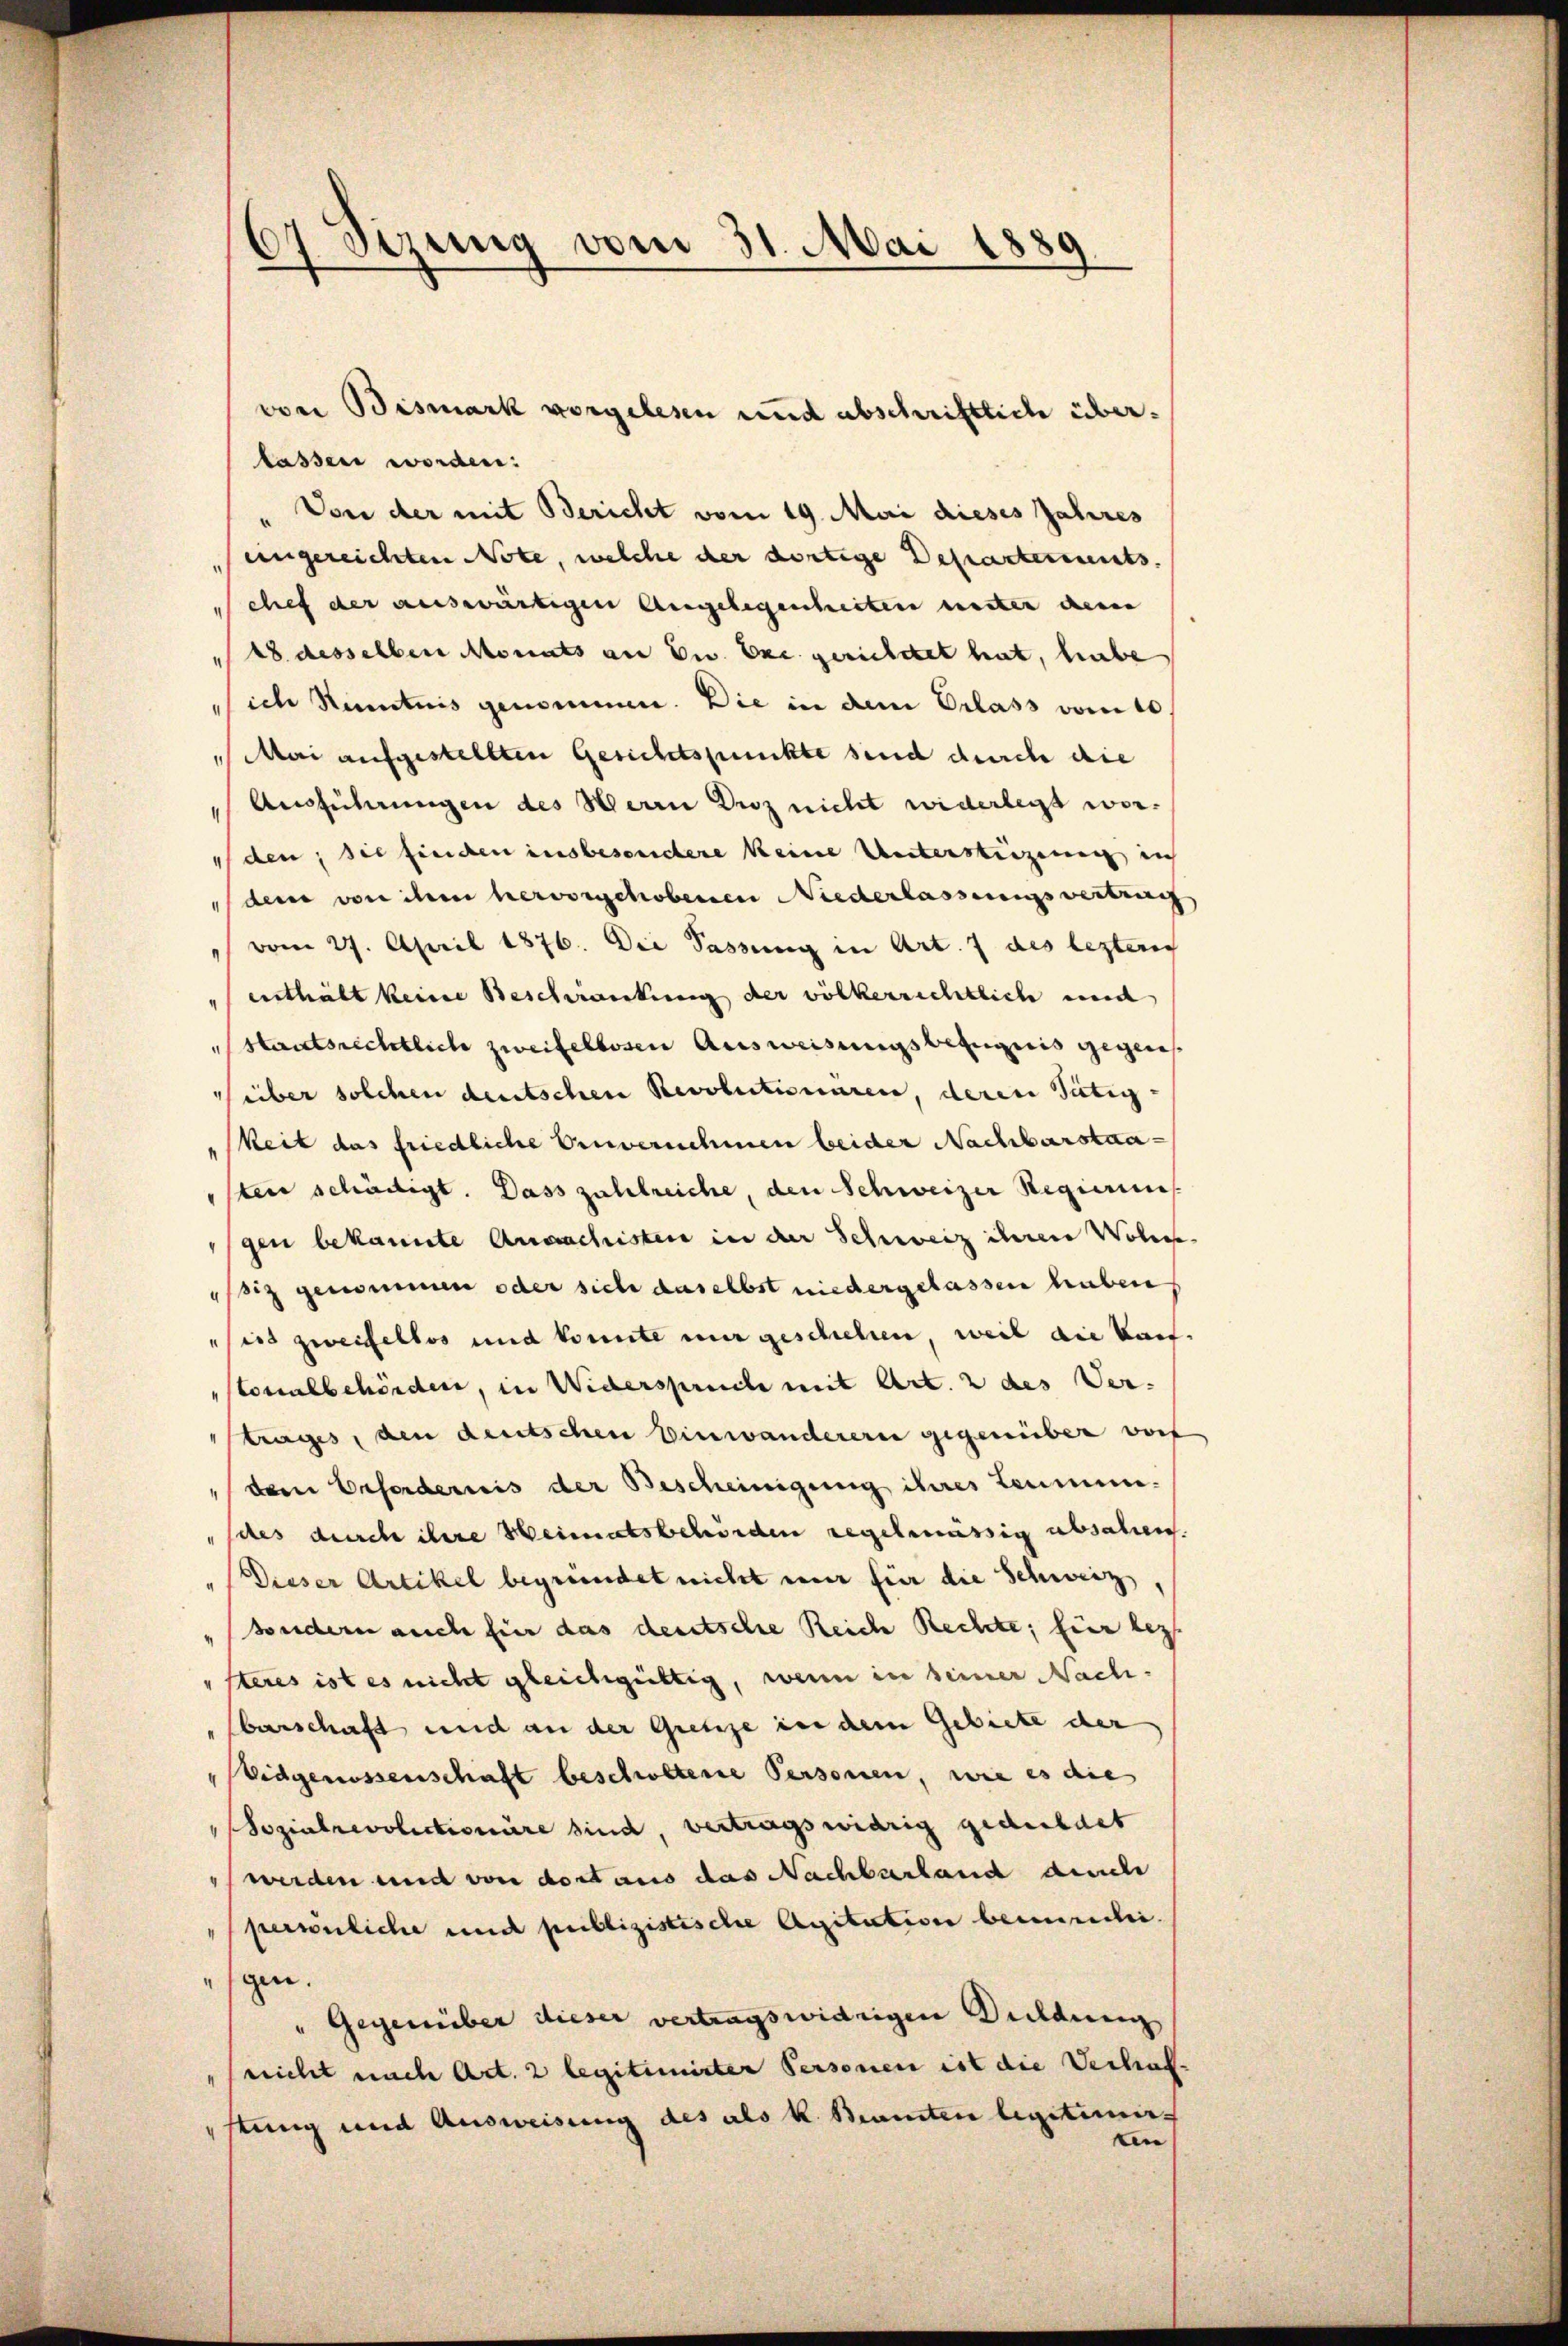
lassen worden:
Von der mit Bericht vom 19. Mai dieses Jahres
eingereichten Note, welche der dortige Departements
chef der auswärtigen Angelegenheiten weiten denen
18 desselben Monats an Dr. Exc. gerichtet hat, habe
ich Kenntnis genommen. Die in dem Erlass vom 10.
Mai aufgestellten Gesichtspunkte sind durch die
Ausführungen des Herrn Droz nicht widerlegt worden; sie finden insbesondere keine Unterstüzung in
dem von ihm hervorschobenen Niederlassungsvertrag
vom 27. April 1876. Die Sassung in Art. 7 des lezteres
enthält keine Beschwankung der völkerrechtlich mich
Staatsrechtlich zweifellosen Ausweisungsbefugnis gegensüber solchen deutschen Revolutionaren, deren Tätig-
keit das friedliche Einvernehmen beider Nachbarstaasten schädigt. Dass zahlreiche, den Schweizer Regieruns
gen bekannte Anwachisten in der Schweiz ihren Woli-
ssiz genommen oder sich daselbst niedergelassen haben
sies zweifellos und konnte mir geschehen, weil die kant.
stonalbehörden, in Widerspruche mit Art. 2 des Ver-
trages, den deutschen Einwanderern gegenüber vor
dem Erfordernis der Bescheinigung ihres Leumundes durch ihre Heimatsbehörden regelmässig absahen.
Dieser Artikel begründet nicht nur für die Schweiz
sondern auch für das deutsche Reich Rechte, für bez
steres ist es nicht gleichgültig, wenn in seiner Nachbarschaft und an der Grenze in dem Gebiete der
Eidgenossenschaft beschwetene Personen, wie es die
Sozialrevolictionäre sind, vertragswidrig geduldet
werden und von dort aus das Nachbarhand durch
persönliche und publizistische Agitation bemercheigen.
" Gegenüber dieser vertragswidrigen Duldung
"nicht nach Art. 2 legitimirter Personen ist die Verhaf
stung und Ausweisung des als k. Beamten legitimiten

67 Sizung vom 31. Mai 1889

von Bismark vorgelesen und abschriftlich über¬